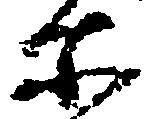
所